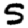
Digit: 5